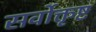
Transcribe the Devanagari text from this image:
सर्वोक्तृष्ट